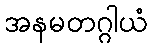
အနမတဂ္ဂါယံ